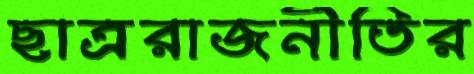
ছাত্ররাজনীতির